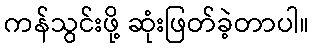
ကန်သွင်းဖို့ ဆုံးဖြတ်ခဲ့တာပါ။